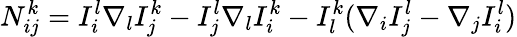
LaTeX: N_{ij}^{k}=I_{i}^{l}\nabla_{l}I_{j}^{k}-I_{j}^{l}\nabla_{l}I_{i}^{k}-I_{l}^{k}(\nabla_{i}I_{j}^{l}-\nabla_{j}I_{i}^{l})